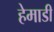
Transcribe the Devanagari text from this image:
हेमाडी